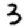
Digit: 3